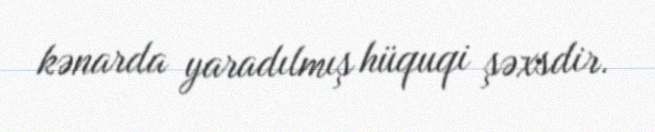
kənarda yaradılmış hüquqi şəxsdir.